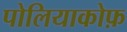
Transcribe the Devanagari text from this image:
पोलियाकोफ़